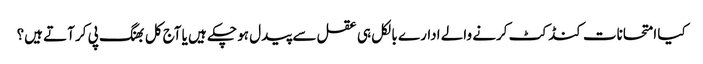
کیا امتحانات کنڈکٹ کرنے والے ادارے بالکل ہی عقل سے پیدل ہو چکے ہیں یا آج کل بھنگ پی کر آتے ہیں؟